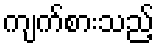
ကျက်စားသည့်